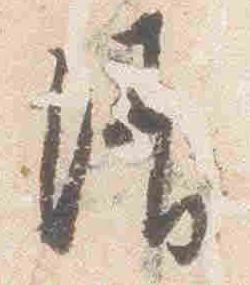
清